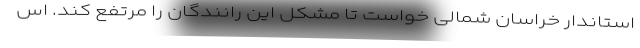
استاندار خراسان شمالی خواست تا مشکل این رانندگان را مرتفع کند. اس